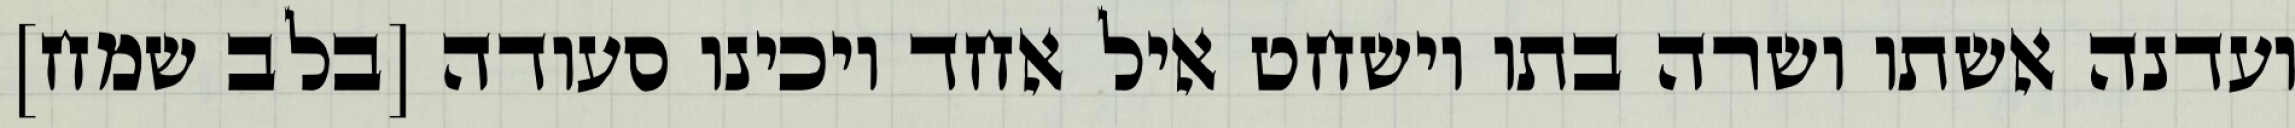
ועדנה אשתו ושרה בתו וישחט איל אחד ויכינו סעודה [בלב שמח]